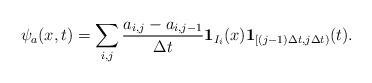
LaTeX: \begin{align*}\psi_a(x,t)=\sum_{i,j} \frac{a_{i,j}-a_{i,j-1}}{\Delta t} \mathbf{1}_{I_i}(x)\mathbf{1}_{[(j-1)\Delta t,j\Delta t)}(t).\end{align*}